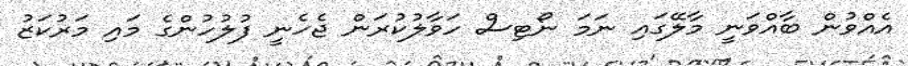
އެއްވުން ބާއްވަނީ މާލޭގައި ނަމަ ނޯޓިސް ހަވާލުކުރަން ޖެހެނީ ފުލުހުންގެ މައި މަރުކަޒު